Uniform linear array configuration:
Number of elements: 48
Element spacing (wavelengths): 1
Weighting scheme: cosine
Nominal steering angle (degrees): -30
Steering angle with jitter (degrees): -29.173
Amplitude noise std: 0.05
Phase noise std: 0.05

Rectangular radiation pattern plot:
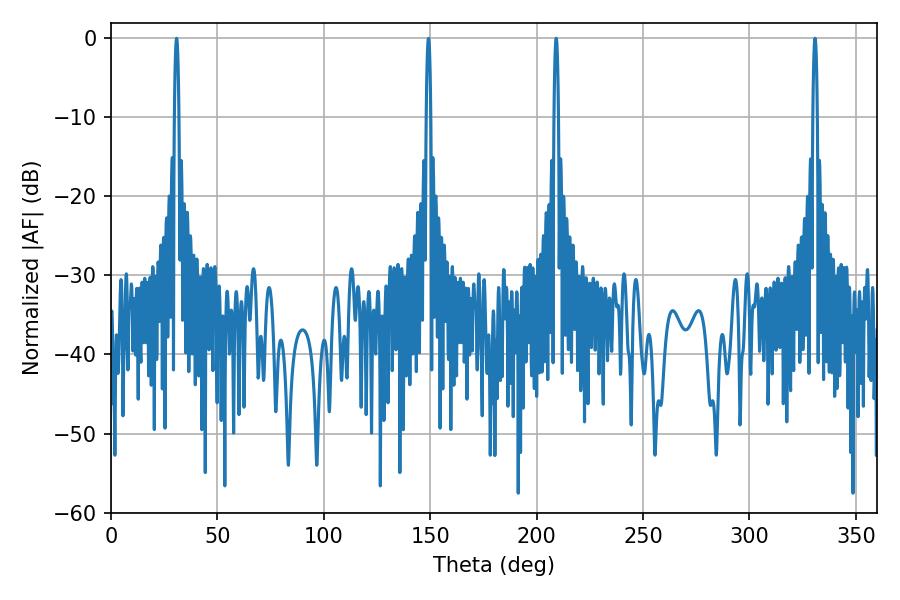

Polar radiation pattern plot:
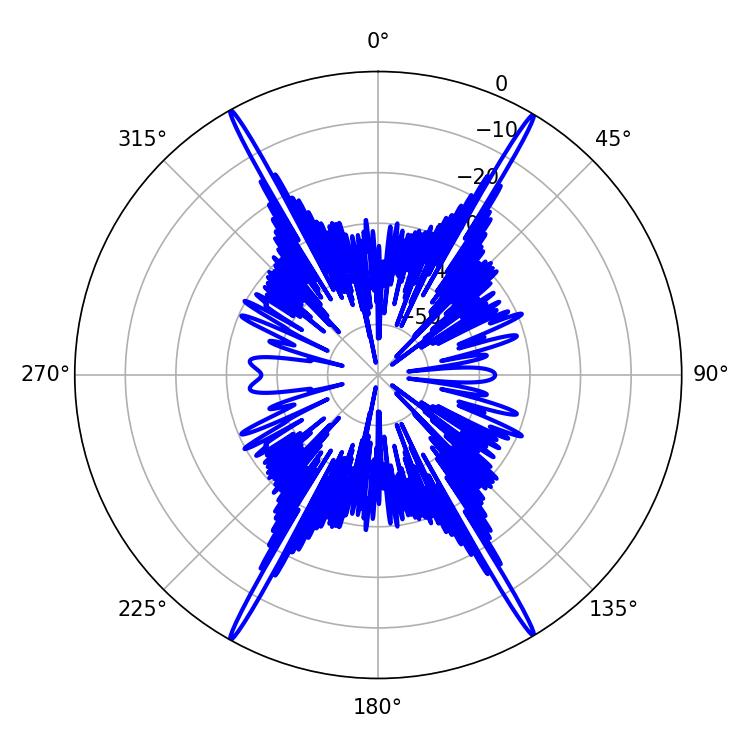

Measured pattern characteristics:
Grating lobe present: TRUE
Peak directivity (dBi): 30.997
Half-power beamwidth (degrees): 1.08
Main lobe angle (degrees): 209.16